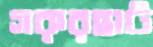
গরুরহাট